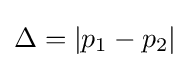
\Delta =|p_{1}-p_{2}|